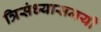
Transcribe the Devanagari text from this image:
त्रिसंध्यासमयी